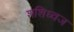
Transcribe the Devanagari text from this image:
शशिध्वज